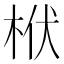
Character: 栿